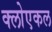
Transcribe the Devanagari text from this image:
क्लोएकल